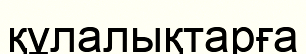
құлалықтарға